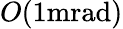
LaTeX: O(1\mathrm{{mrad})}